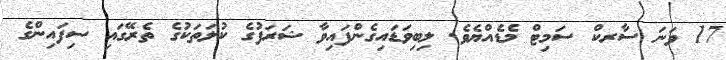
17 ވަނަ ސާރކް ސަމިޓް މެޑެއްޔެވެ. ލިބިވަޑައިގެންފައިވާ ޝަރަފުގެ ކުލަތަކުގެ ތެރޭގައި ސިފައިންގެ